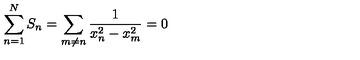
\sum _ { n = 1 } ^ { N } S _ { n } = \sum _ { m \ne n } \frac { 1 } { x _ { n } ^ { 2 } - x _ { m } ^ { 2 } } = 0